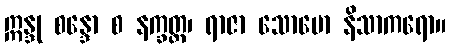
ဣန္ဒု စန္ဒော စ နက္ခတ္တ၊ ရာဇာ သောမော နိသာကရော။